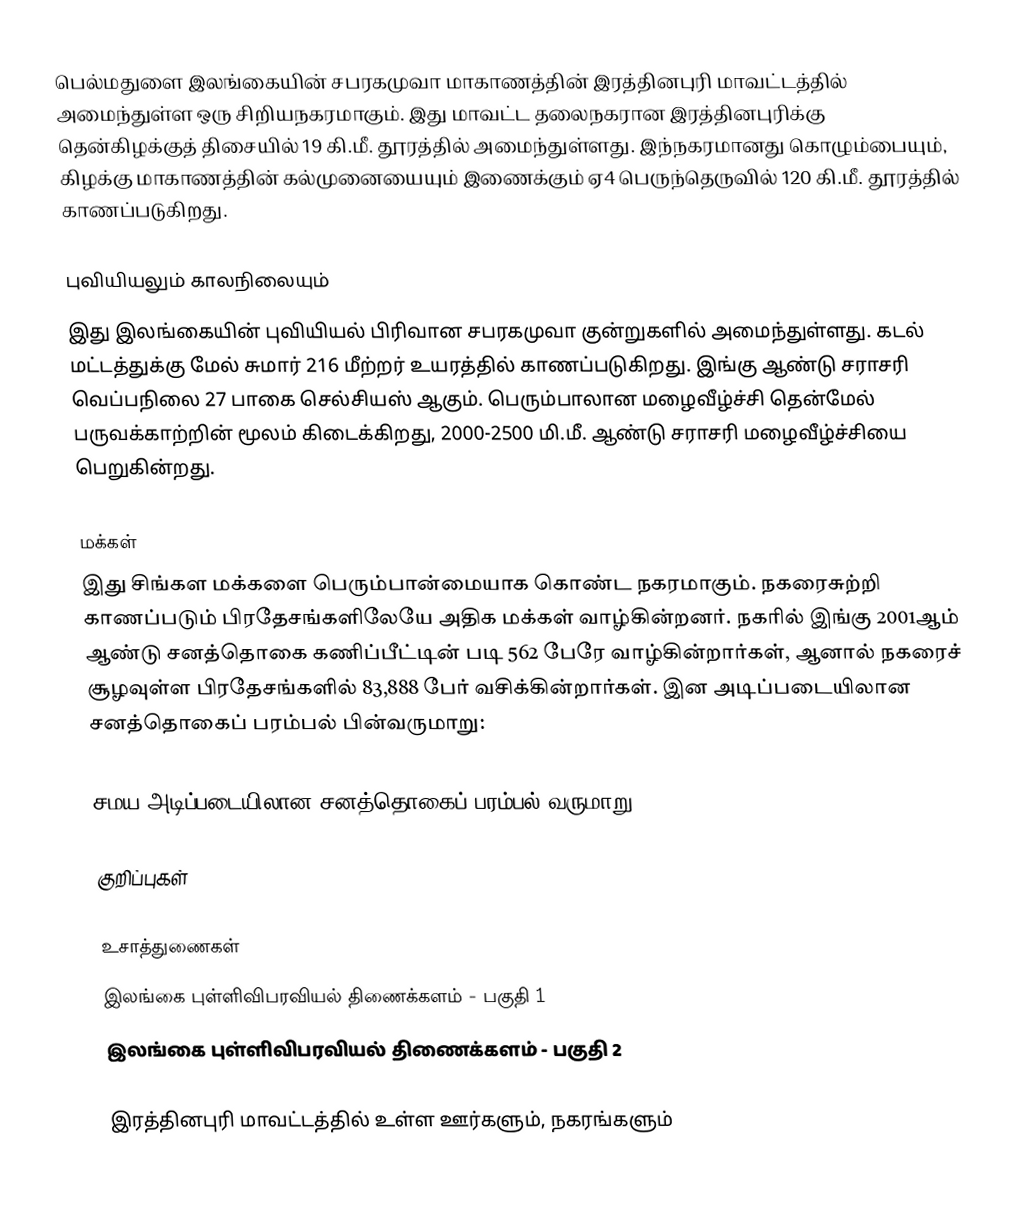
பெல்மதுளை இலங்கையின் சபரகமுவா மாகாணத்தின் இரத்தினபுரி மாவட்டத்தில் அமைந்துள்ள ஒரு சிறியநகரமாகும். இது மாவட்ட தலைநகரான இரத்தினபுரிக்கு தென்கிழக்குத் திசையில் 19 கி.மீ. தூரத்தில் அமைந்துள்ளது. இந்நகரமானது கொழும்பையும், கிழக்கு மாகாணத்தின் கல்முனையையும் இணைக்கும் ஏ4 பெருந்தெருவில் 120 கி.மீ. தூரத்தில் காணப்படுகிறது.

புவியியலும் காலநிலையும்
இது இலங்கையின் புவியியல் பிரிவான சபரகமுவா குன்றுகளில் அமைந்துள்ளது. கடல் மட்டத்துக்கு மேல் சுமார் 216 மீற்றர்  உயரத்தில் காணப்படுகிறது. இங்கு ஆண்டு சராசரி வெப்பநிலை 27 பாகை செல்சியஸ் ஆகும். பெரும்பாலான மழைவீழ்ச்சி தென்மேல் பருவக்காற்றின் மூலம் கிடைக்கிறது, 2000-2500 மி.மீ. ஆண்டு சராசரி மழைவீழ்ச்சியை பெறுகின்றது.

மக்கள்
இது சிங்கள மக்களை பெரும்பான்மையாக கொண்ட நகரமாகும். நகரைசுற்றி காணப்படும் பிரதேசங்களிலேயே அதிக மக்கள் வாழ்கின்றனர். நகரில் இங்கு 2001ஆம் ஆண்டு சனத்தொகை கணிப்பீட்டின் படி  562 பேரே வாழ்கின்றார்கள், ஆனால் நகரைச் சூழவுள்ள பிரதேசங்களில் 83,888 பேர் வசிக்கின்றார்கள். இன அடிப்படையிலான சனத்தொகைப் பரம்பல் பின்வருமாறு:

சமய அடிப்படையிலான சனத்தொகைப் பரம்பல் வருமாறு:

குறிப்புகள்

உசாத்துணைகள்
 இலங்கை புள்ளிவிபரவியல் திணைக்களம் - பகுதி 1
 இலங்கை புள்ளிவிபரவியல் திணைக்களம் - பகுதி 2

இரத்தினபுரி மாவட்டத்தில் உள்ள ஊர்களும், நகரங்களும்